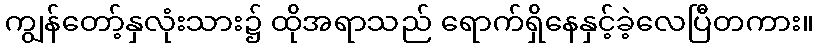
ကျွန်တော့်နှလုံးသား၌ ထိုအရာသည် ရောက်ရှိနေနှင့်ခဲ့လေပြီတကား။